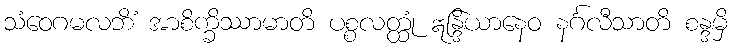
သံဝေဂမလဘိံ အာစိက္ခိဿာမာတိ ပစ္စလတ္ထုံ ဣန္ဒြိယာနေဝ နင်္ဂလီသာတိ စန္ဒမှိ